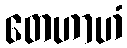
တေဟာဟံ